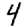
Digit: 4